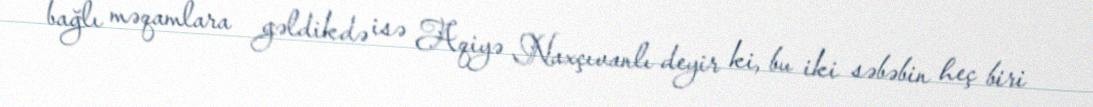
bağlı məqamlara gəldikdə isə Aqiyə Naxçıvanlı deyir ki, bu iki səbəbin heç biri